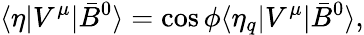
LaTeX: \langle\eta|V^{\mu}|\bar{B}^{0}\rangle=\cos{\phi}\langle\eta_{q}|V^{\mu}|\bar{B}^{0}\rangle,